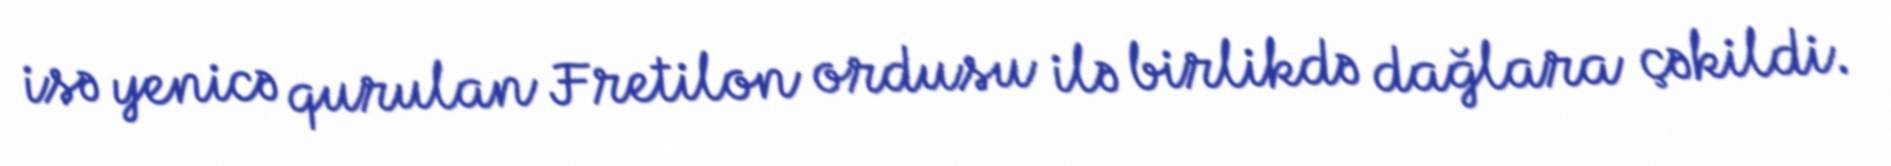
isə yenicə qurulan Fretilon ordusu ilə birlikdə dağlara çəkildi.